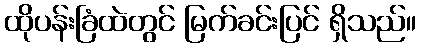
ထိုပန်းခြံထဲတွင် မြက်ခင်းပြင် ရှိသည်။